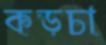
কড়চা